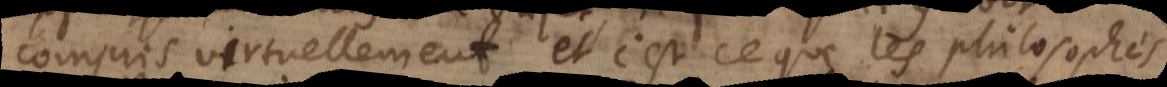
compris virtuellement, et c’est ce que les philosophes